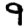
Digit: 9